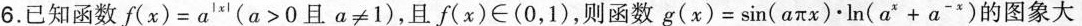
6.已知函数$$f ( x ) = α^{\left | x \right | }$$(α>0且α≠1)，且$$f ( x ) \in (0，1)$$，则函数$$g ( x ) = \sin(aπx)\ln_{}{a^{x}+a^{-x}}$$的图象大